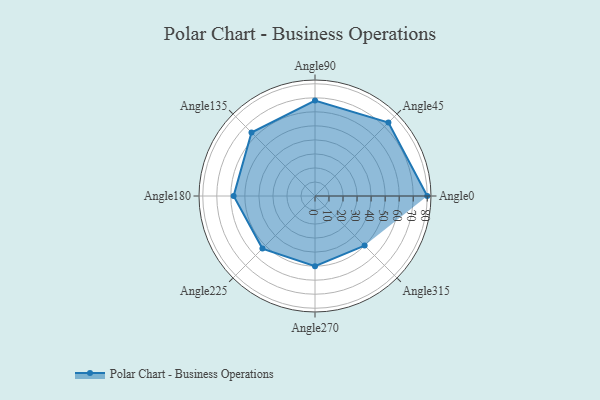
{"axis": {"x": "Angle", "y": "Radius"}, "legend": [""], "data": [{"x": "Angle0", "y": 80.0, "type": ""}, {"x": "Angle45", "y": 74.0, "type": ""}, {"x": "Angle90", "y": 68.0, "type": ""}, {"x": "Angle135", "y": 64.0, "type": ""}, {"x": "Angle180", "y": 58.0, "type": ""}, {"x": "Angle225", "y": 53.0, "type": ""}, {"x": "Angle270", "y": 50, "type": ""}, {"x": "Angle315", "y": 50, "type": ""}]}